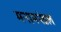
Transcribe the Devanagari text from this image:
मनामपंडल